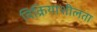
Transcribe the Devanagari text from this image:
विक्रियाशीलता